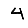
Digit: 4